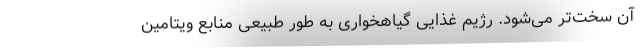
آن سخت‌تر می‌شود. رژیم غذایی گیاهخواری به طور طبیعی منابع ویتامین